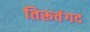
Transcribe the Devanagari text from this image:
तिरूवंगद